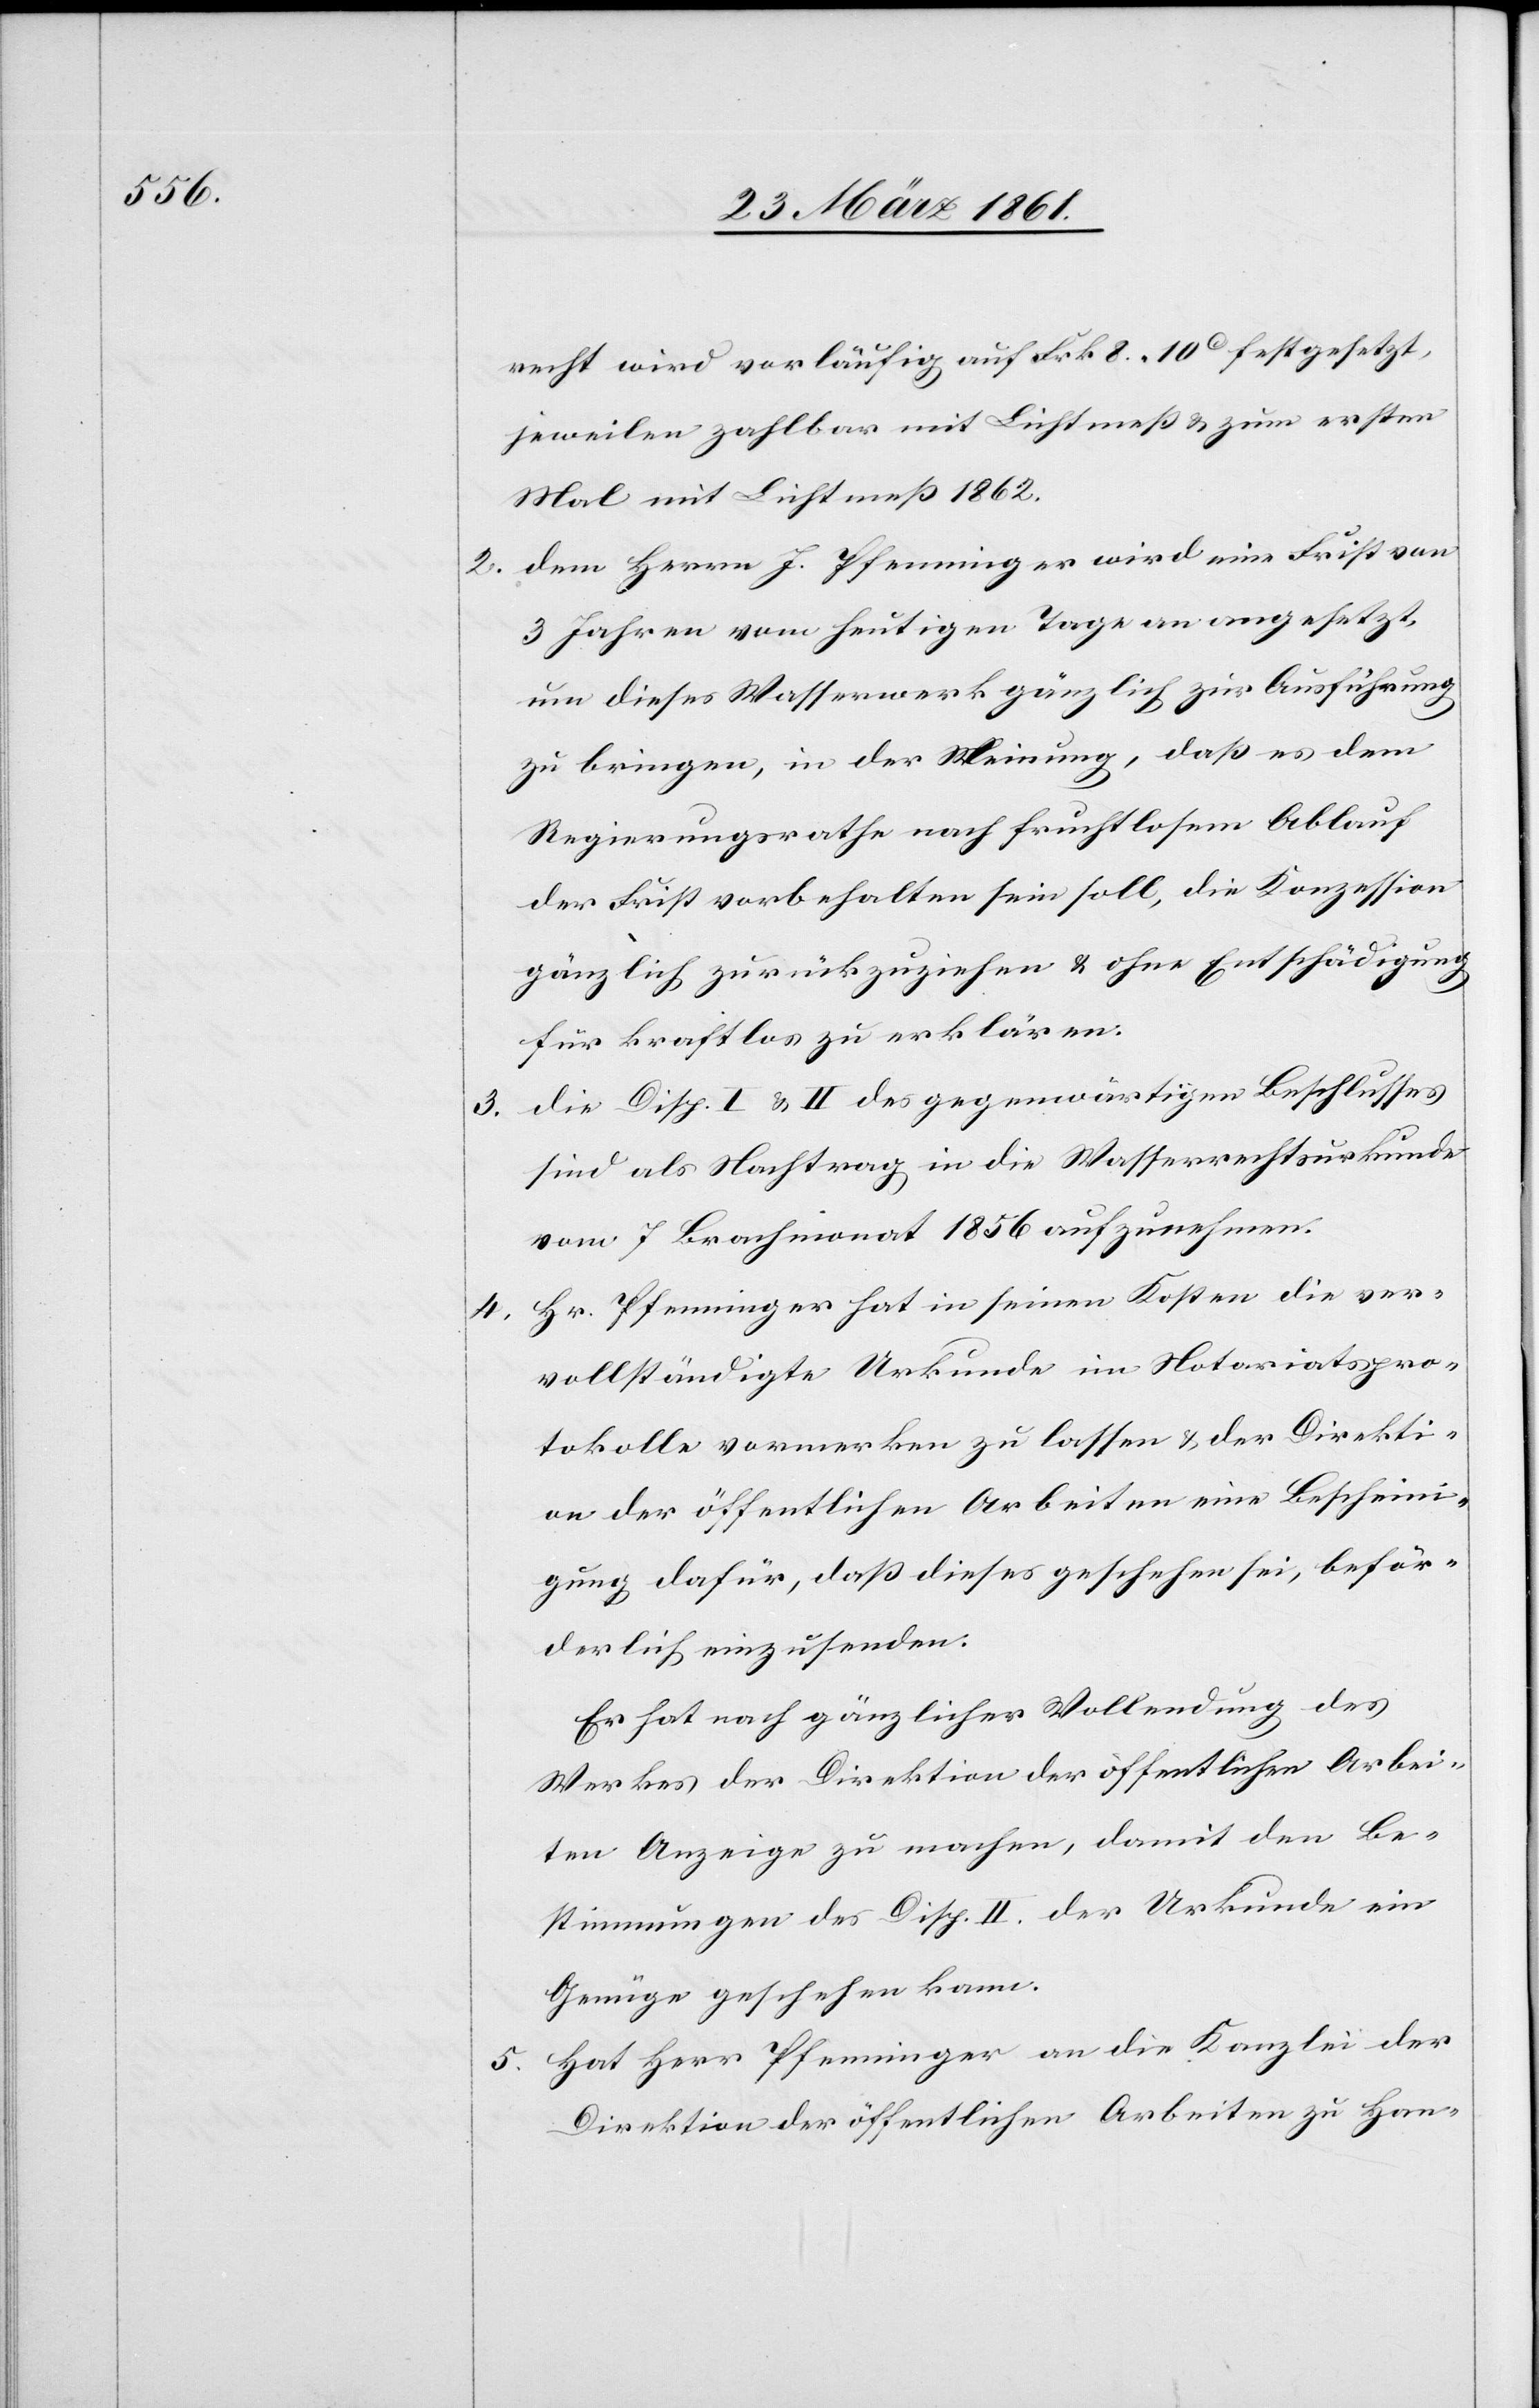
2.

recht wird vorläufig auf Frk. 8 10C festgesetzt,
jeweilen zahlbar mit Lichtmeß u. zum ersten
Mal mit Lichtmeß 1862.
Dem Herrn J. Pfenninger wird eine Frist von
3 Jahren vom heutigen Tage an angesetzt,
um dieses Wasserwerk gänzlich zur Ausführung
zu bringen, in der Meinung, daß es dem
Regierungsrathe nach fruchtlosem Ablauf
der Frist vorbehalten sein soll, die Konzession
gänzlich zurückzuziehen u. ohne Entschädigung
für kraftlos zu erklären.
Die Disp. I u. II des gegenwärtigen Beschlusses
3.
sind als Nachtrag in die Wasserrechtsurkunde
vom 7. Brachmonat 1859 aufzunehmen.
4. Hr. Pfenninger hat in seinen Kosten die ver¬
vollständigte Urkunde im Notariatspro¬
tokolle vormerken zu lassen u. der Direkti¬
on der öffentlichen Arbeiten eine Bescheini¬
gung dafür, daß dieses geschehen sei, beför¬
derlich einzusenden.
Er hat nach gänzlicher Vollendung des
Werkes der Direktion der öffentlichen Arbei¬
ten Anzeige zu machen, damit den Be¬
stimmungen des Disp: II. der Urkunde ein
Genüge geschehen kann.
5. Hat Herr Pfenninger an die Kanzlei der
Direktion der öffentlichen Arbeiten zu Han-